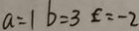
a = 1 b = 3 E = - 2